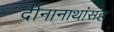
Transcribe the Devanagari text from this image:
दीनानाथांसह